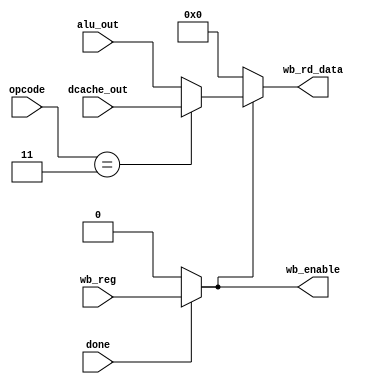
module writeback
(
	input [6 : 0] opcode,

	// from decode_execute
	input [31 : 0] alu_out,
	input wb_reg,

	// from memory
	input [31 : 0] dcache_out,
	input done,

	// to regfile
	output reg [31 : 0] wb_rd_data,
	output wb_enable
);

	parameter OP_LOAD = 7'b0000011;

	assign wb_enable = (done) ? wb_reg : 0;

	always @(*) begin
		if (wb_enable) begin
			if (opcode == OP_LOAD) wb_rd_data = dcache_out;
			else wb_rd_data = alu_out;
		end else begin
			wb_rd_data = 32'h0;
		end
	end // always @(*)

endmodule // writeback